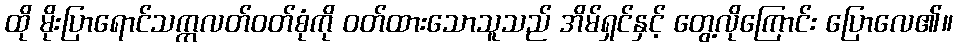
ထို မိုးပြာရောင်သက္ကလတ်ဝတ်စုံကို ဝတ်ထားသောသူသည် အိမ်ရှင်နှင့် တွေ့လိုကြောင်း ပြောလေ၏။